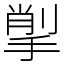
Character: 揱